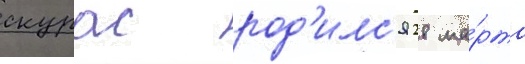
скурас род'илс'я 28 ма́рта